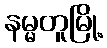
နမ္မတူမြို့